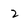
Character: 2